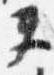
夫